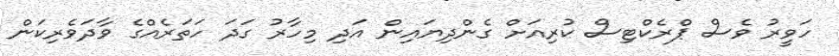
ހަވީރު ވެސް ޕްރެކްޓިސް ކުރިއަށް ގެންދިޔައިން އަދި މިހާރު ގަދަ ހަތަރެއްގެ ވާދަވެރިކަން